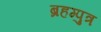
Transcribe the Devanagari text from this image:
ब्रहम्पुत्र